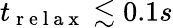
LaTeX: t_{\mathrm{~r~e~l~a~x~}}\lesssim 0.1s